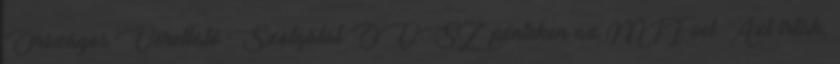
Országos Vérellátó Szolgálat OVSZ pénteken az MTI-vel. Azt írták,